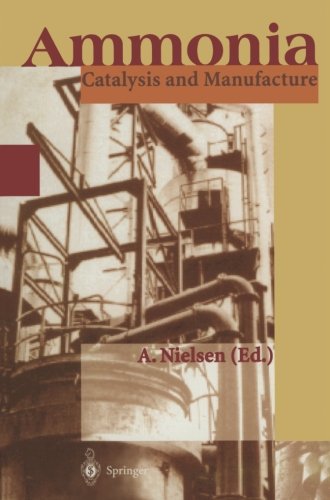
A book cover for Ammonia: Catalysis and Manufacture; Engineering & Transportation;